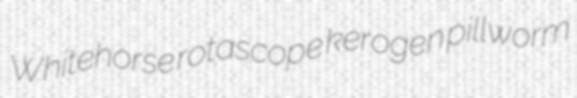
Whitehorse rotascope kerogen pillworm